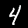
Label: 4